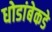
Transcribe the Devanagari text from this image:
धोडांबेकडे